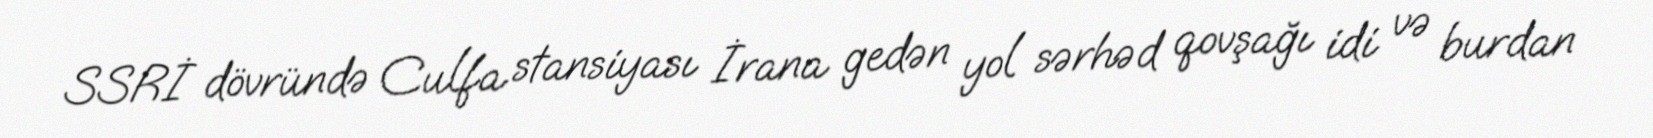
SSRİ dövründə Culfa stansiyası İrana gedən yol sərhəd qovşağı idi və burdan